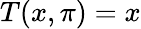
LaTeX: T(x,\pi)=x